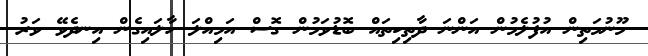
މޫނުމަތިން އުފުލެމުން އަންނަ ދާތިކިތައް ބޮޑުވަމުން ގޮސް އަމިއްލަ ހާލައިގެން އިނދެވޭ ވަރު